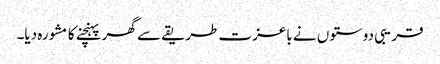
قریبی دوستوں نے باعزت طریقے سے گھر پہنچنے کا مشورہ دیا۔